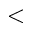
<